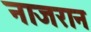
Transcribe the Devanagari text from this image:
नाजरान